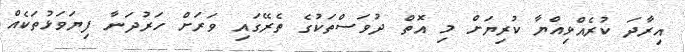
އިރާދަ ކުރެއްވިއްޔާ ކުރިޔަށް މި އޮތް ދުވަސްތަކުގެ ތެރޭގައި ވަރަށް ހަރުދަނާ ފިޔަވަޅުތަކެއް